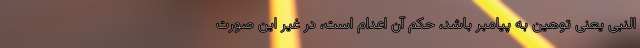
النبی یعنی توهین به پیامبر باشد، حکم آن اعدام است، در غیر این صورت